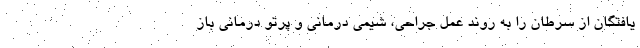
یافتگان از سرطان را به روند عمل جراحی، شیمی درمانی و پرتو درمانی باز